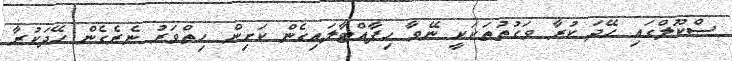
ސްކޫލްގައި ހޭދަ ކުރާ ވަގުތުތަކަކީ ނޭވާ ހިފާއްޓާލައިގެން ކަށިން ހިތްވަރު ނެރެގެން ހޭދަކުރާ